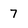
Character: 7